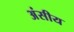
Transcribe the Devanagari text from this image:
अंसीय